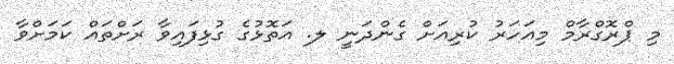
މި ޕްރޮގްރާމް މިއަހަރު ކުރިއަށް ގެންދަނީ ލ. އަތޮޅުގެ ގުޅިފައިވާ ރަށްތައް ކަމަށްވާ